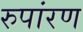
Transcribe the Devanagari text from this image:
रुपांरण